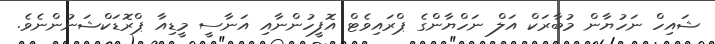
ޝައިހް ނަހުޔާން މުބާރަކް އަލް ނަހްޔާންގެ ޕްރައިވެޓް އޮފީހުންނާއި އަނާސީ މީޑިއާ ޕްރޮޑަކްޝަނުންނެވެ.